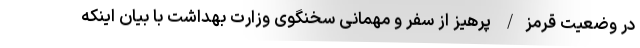
در وضعیت قرمز/ پرهیز از سفر و مهمانی سخنگوی وزارت بهداشت با بیان اینکه